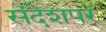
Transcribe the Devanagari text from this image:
संदेशपर